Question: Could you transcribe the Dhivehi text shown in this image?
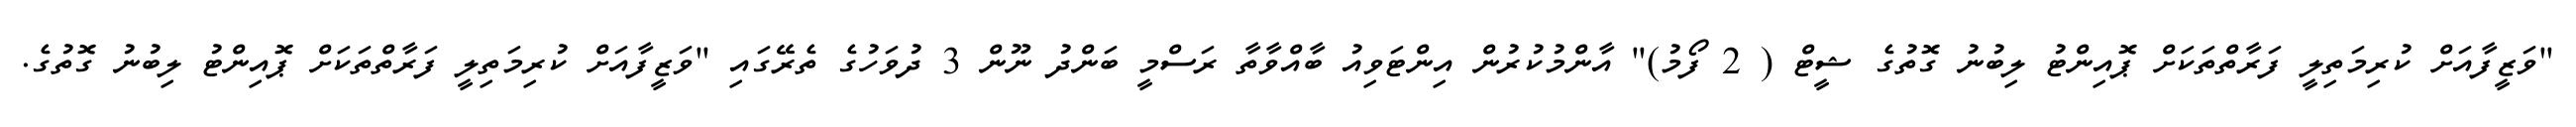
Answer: "ވަޒީފާއަށް ކުރިމަތިލީ ފަރާތްތަކަށް ޕޮއިންޓު ލިބުނު ގޮތުގެ ޝީޓް ( 2 ފޯމު)" އާންމުކުރުން އިންޓަވިއު ބާއްވާތާ ރަސްމީ ބަންދު ނޫން 3 ދުވަހުގެ ތެރޭގައި "ވަޒީފާއަށް ކުރިމަތިލީ ފަރާތްތަކަށް ޕޮއިންޓު ލިބުނު ގޮތުގެ.